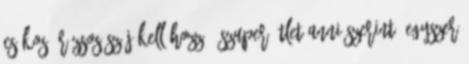
csókos rúzsos száj kell hozzá, szuper ötlet Anni szerint: Egyszer